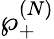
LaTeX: \wp_{+}^{(N)}